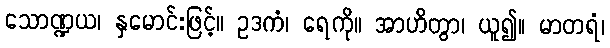
သောဏ္ဍယ၊ နှမောင်းဖြင့်။ ဥဒကံ၊ ရေကို။ အာဟိတွာ၊ ယူ၍။ မာတရံ၊